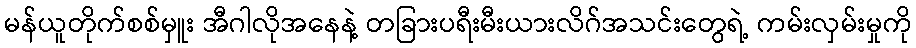
မန်ယူတိုက်စစ်မှူး အီဂါလိုအနေနဲ့ တခြားပရီးမီးယားလိဂ်အသင်းတွေရဲ့ ကမ်းလှမ်းမှုကို